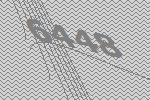
6448